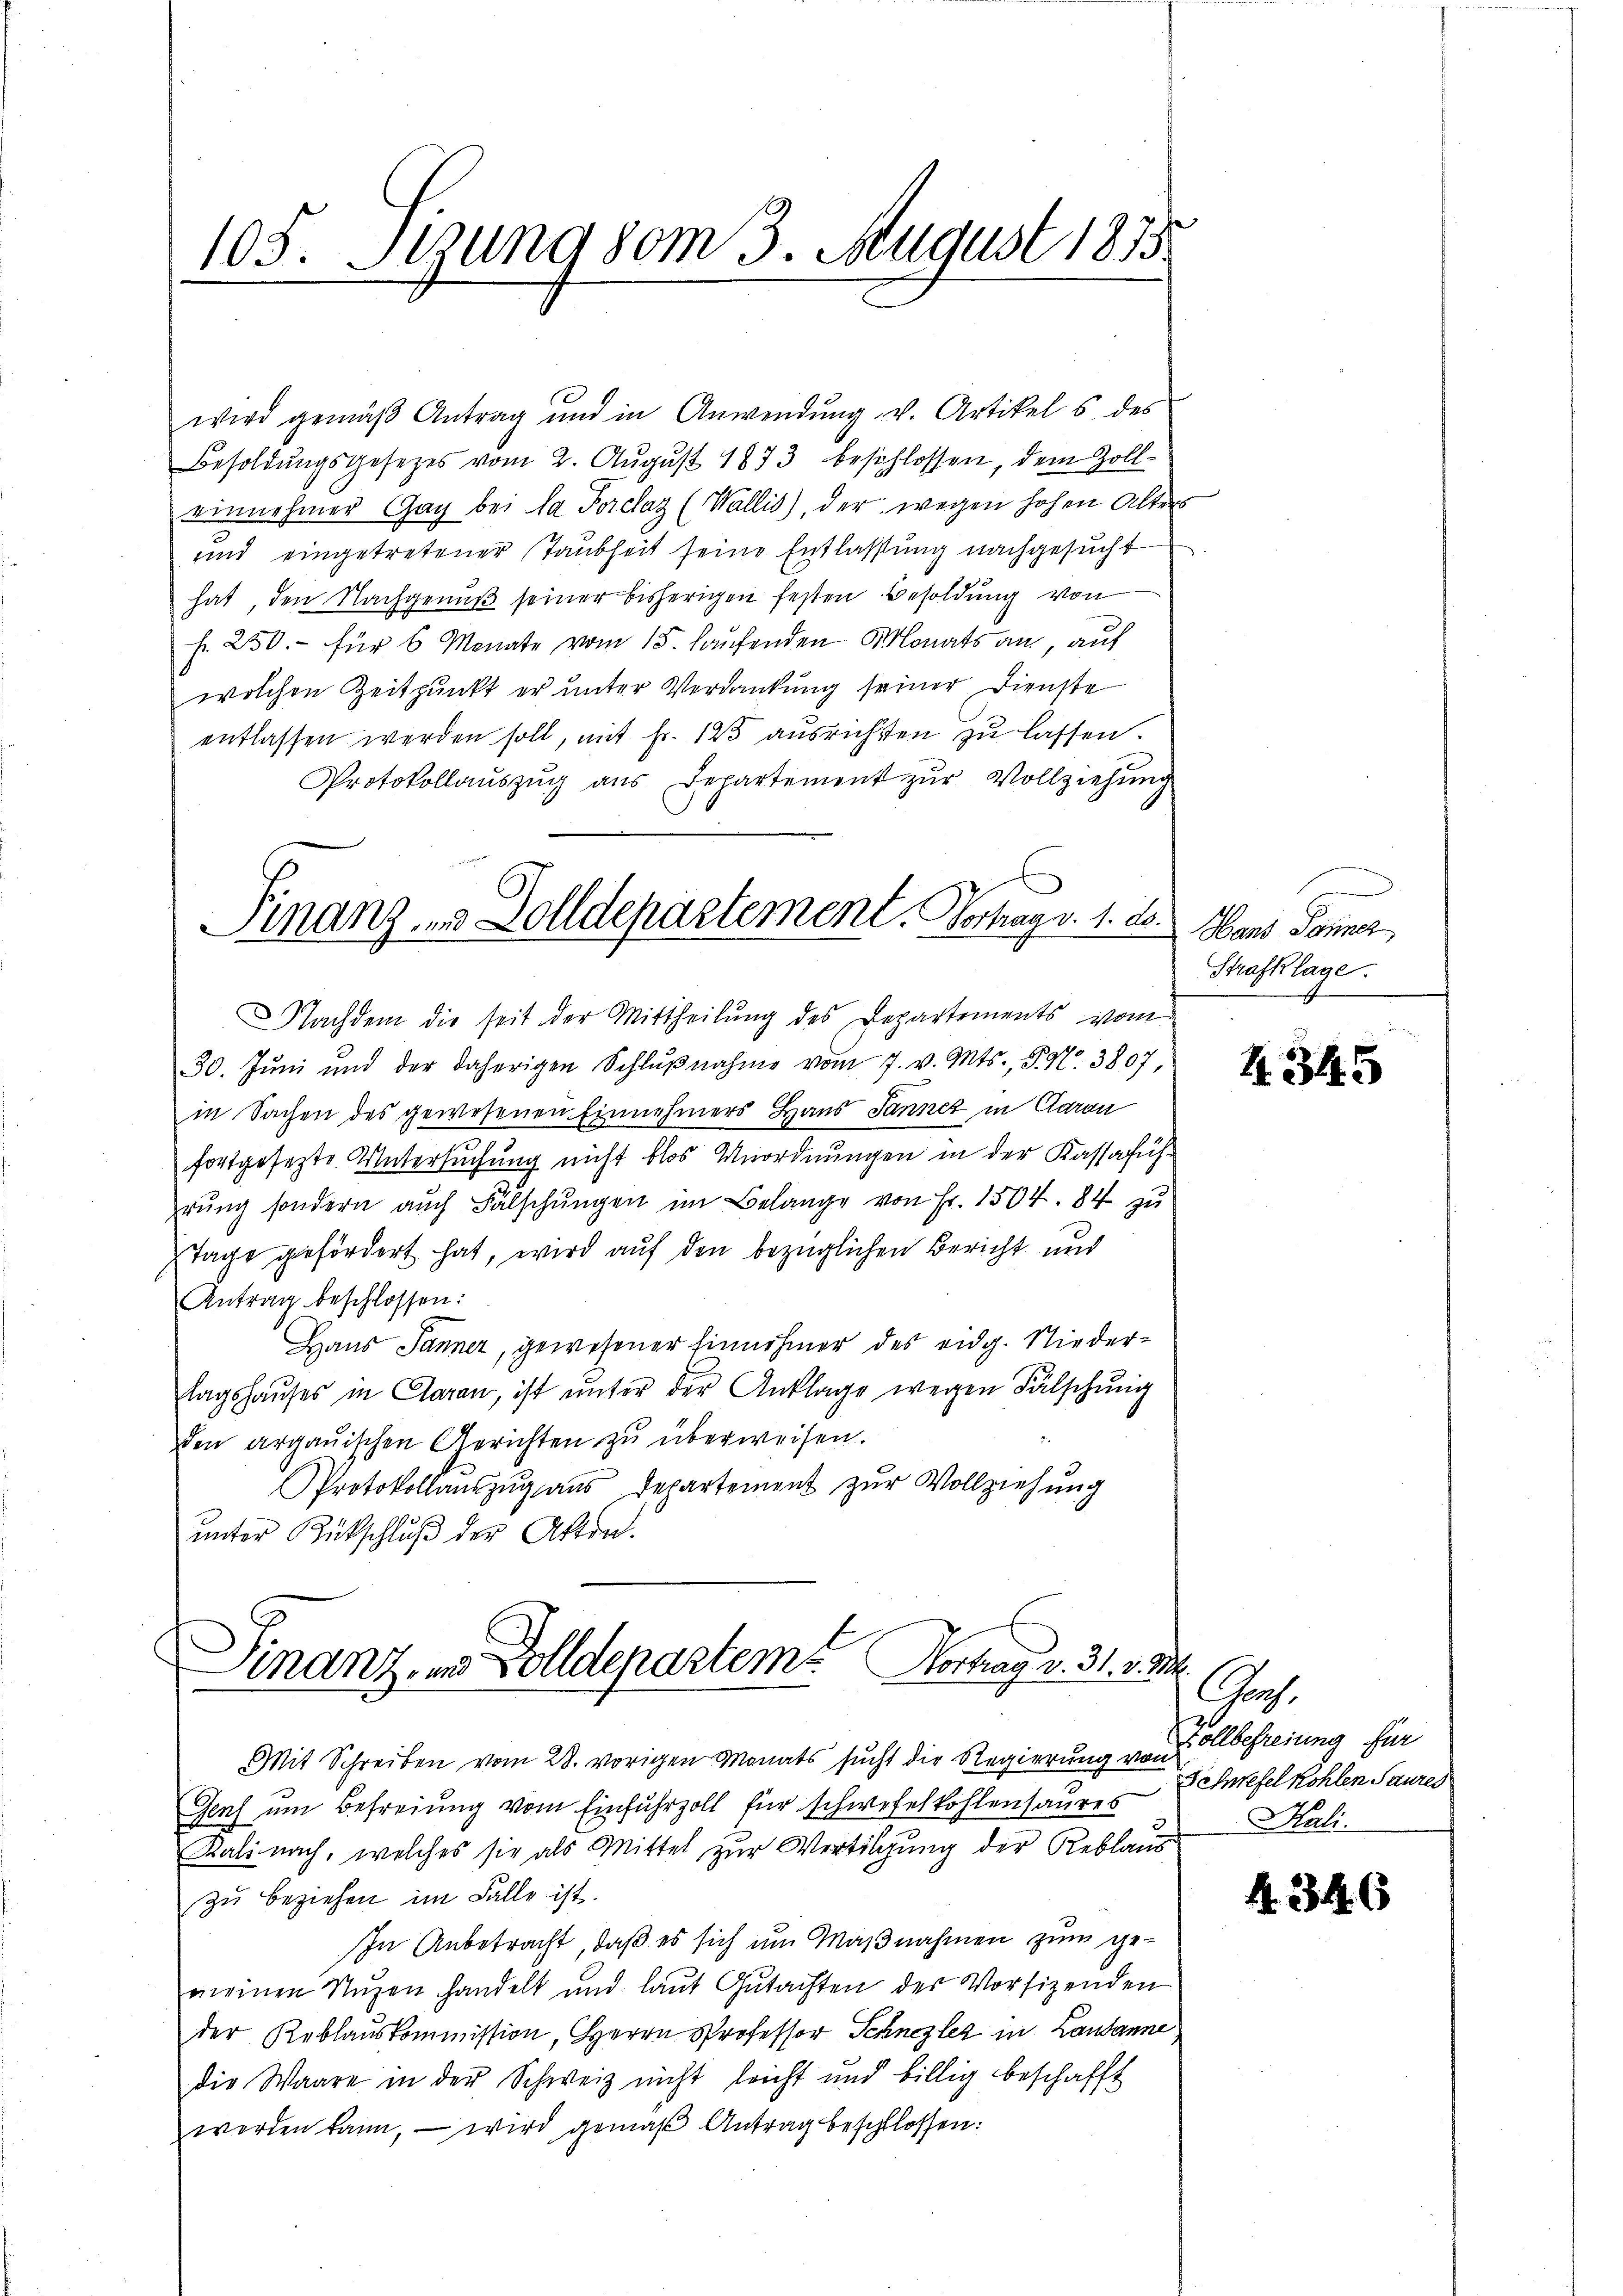
105. Sizung vom 3. August 1815.

wird gemäβ Antrag und in Anwendŭng v. Artikels des
Besoldŭngsgesetzes vom 2. Aŭgŭst 1873 beschlossen, dem Zoll-
einnehmer Gag bei la Porclaz (Wallis), der wegen hohen Alters
und eingetretener Taubheit seine Entlassung nachgesucht
hat, den Nachgenuß seiner bisherigen festen Besoldung von
f. 250.- für 6 Monate vom 15. hausenden Monats an, auf
wolchen Zeitpunkt er unter Verdankung seiner Dienste
entlassen werden soll, mit Fr. 125 ausrichsten zu lassen.
Protokollauszug aus Departement zur Vollziehung
Nachdem die seit der Mittheilung des Departements vom
30. Jŭni und der daherigen Schlŭβnahme vom 7. v. Mts., P. Nr. 3807
in Sachen des gewesenen Einnehmers Haus Tannez in Garan
fortgesezte Untersuchung nicht blos Unordnungen in der Kassaführŭng sondern auch Fälschungen im Belange von Fr. 1504. 84 zu
Tage gefördert hat, wird auf den bezüglichen Bericht und
Antrag beschlossen:
Haus Jänner, gewesener Einnehmer des eidg. Niederlagshaŭses in Claran, ist ŭnter der Anklage wegen Fälschung
den argauischen Gerichten zu überweisen.
Protokollaŭszŭg aŭs Departement zŭr Vollziehung
unter Rückschluß der Akten.

Finanz- u. Zolldepartement. Hochag v. 1. ds. Wand Donner

Finanz in Solldepartem Vortrag v. 31. 3

Mit Schreiben vom 28. vorigen Monats sucht die Regierung von Zollbefreiung für
Gens um Befreiung vom Einfuhrzoll für schwefelkohlensaures
Kali nach, welches sie als Mittel zur Wertilgung der Reblaus
zu beziehen im Falle ist.
In Anbetracht, daß es sich um Maßnahmen zum ge-
meinen Nuzen handelt und laŭt Gŭtachten der Vorsizenden
der Reblauskommission, Herrn Professor Schnezlez in Lausanne
die Waare in der Schweiz nicht leicht und billig beschafft
worden kann, – wird gemäß Antrag beschlossen:

Strafklage.

H.345

2
Ges.
Schwefel Kohlen Saures
Hali.

4. 346